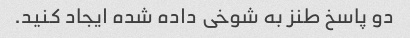
دو پاسخ طنز به شوخی داده شده ایجاد کنید.